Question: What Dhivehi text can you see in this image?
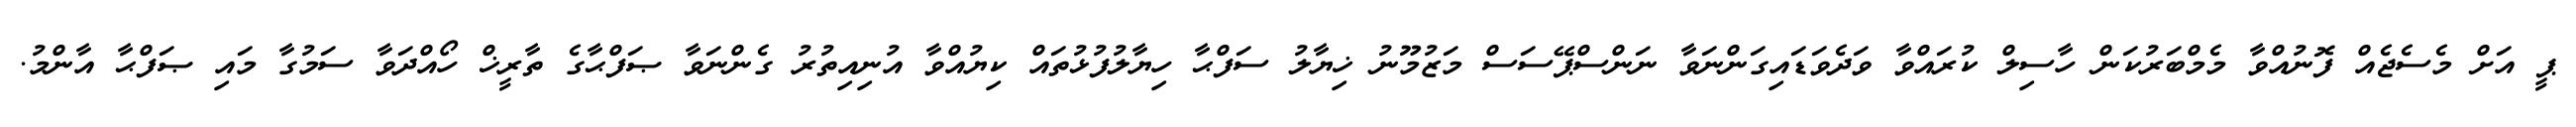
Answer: ޕީ އަށް މެސެޖެއް ފޮނުއްވާ މެމްބަރުކަން ހާސިލް ކުރައްވާ ވަދެވަޑައިގަންނަވާ ނަންސްޕޭސަސް މަޒުމޫނު ޚިޔާލު ސަފްޙާ ހިޔާލުފުޅުތައް ކިޔުއްވާ އުނިއިތުރު ގެންނަވާ ޞަފްޙާގެ ތާރީޚް ހޯއްދަވާ ސަމުގާ މައި ޞަފްޙާ އާންމު.